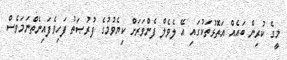
މީގެ ކުރިން ބައެއް އަތޮޅުތަކުގައި އޭ ލެވެލް ފެންވަރަށް ކިޔެވުމުގެ ފުރުޞަތު ފަހިވެފައިނެތްނަމަވެސް